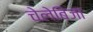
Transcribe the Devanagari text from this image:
चेलेबिजा